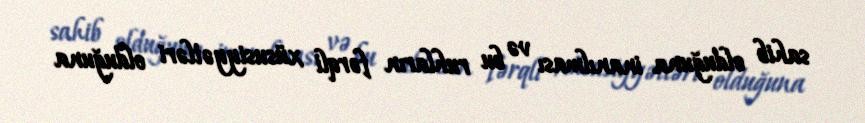
sahib olduğuna inanılması və bu ruhların fərqli xüsusiyyətləri olduğuna